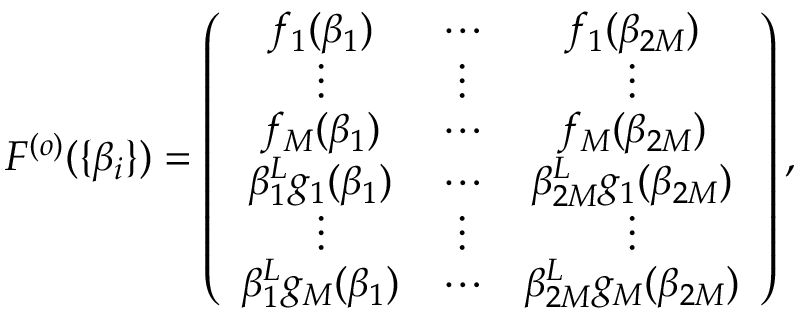
\begin{array} { r } { F ^ { ( o ) } ( \{ \beta _ { i } \} ) = \left( \begin{array} { c c c c c c } { f _ { 1 } ( \beta _ { 1 } ) } & { \cdots } & { f _ { 1 } ( \beta _ { 2 M } ) } \\ { \vdots } & { \vdots } & { \vdots } \\ { f _ { M } ( \beta _ { 1 } ) } & { \cdots } & { f _ { M } ( \beta _ { 2 M } ) } \\ { \beta _ { 1 } ^ { L } g _ { 1 } ( \beta _ { 1 } ) } & { \cdots } & { \beta _ { 2 M } ^ { L } g _ { 1 } ( \beta _ { 2 M } ) } \\ { \vdots } & { \vdots } & { \vdots } \\ { \beta _ { 1 } ^ { L } g _ { M } ( \beta _ { 1 } ) } & { \cdots } & { \beta _ { 2 M } ^ { L } g _ { M } ( \beta _ { 2 M } ) } \end{array} \right) , } \end{array}